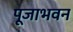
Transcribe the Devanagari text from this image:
पूजाभवन